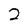
Character: 2